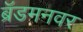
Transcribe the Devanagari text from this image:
ब्रॅडमनवर